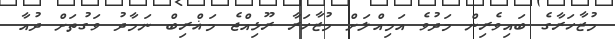
މުޒާހަރާގެ ބައިވެރިން މަދުވެ އަމިއްލަށް މުޒާހަރާ ރޫޅިއްޖެ މަޣްރިބް ނަމާދު ވަގުތަށް ދުއާ